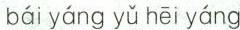
bái yáng yǔ hēi yáng